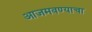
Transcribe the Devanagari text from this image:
आजमवण्याचा